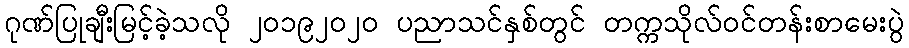
ဂုဏ်ပြုချီးမြင့်ခဲ့သလို ၂၀၁၉၂၀၂၀ ပညာသင်နှစ်တွင် တက္ကသိုလ်ဝင်တန်းစာမေးပွဲ